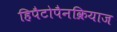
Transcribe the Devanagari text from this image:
हिपैटोपैनक्रियाज